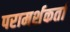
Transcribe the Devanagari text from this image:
परामर्शकर्ता